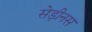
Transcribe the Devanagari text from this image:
सेड़ीनस